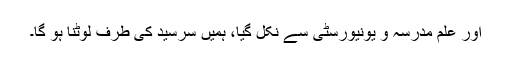
اور علم مدرسہ و یونیورسٹی سے نکل گیا، ہمیں سرسید کی طرف لوٹنا ہو گا۔